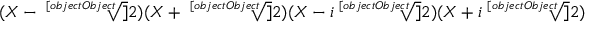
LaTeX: ( X - { \sqrt [ [object Object] ] { 2 } } ) ( X + { \sqrt [ [object Object] ] { 2 } } ) ( X - i { \sqrt [ [object Object] ] { 2 } } ) ( X + i { \sqrt [ [object Object] ] { 2 } } )